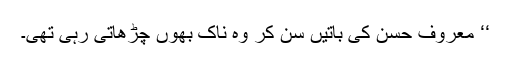
‘‘ معروف حسن کی باتیں سن کر وہ ناک بھوں چڑھاتی رہی تھی۔